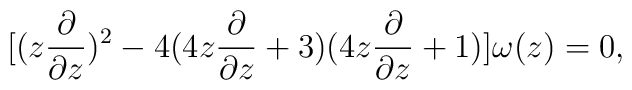
[ ( z \frac{ \partial }{ \partial z } )^2 - 4(4 z \frac{ \partial }{ \partial z } + 3 )(4 z \frac{ \partial }{ \partial z } + 1 ) ] \omega ( z ) = 0 ,